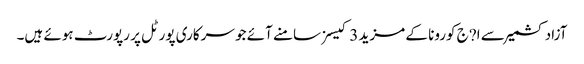
آزاد کشمیر سے ا?ج کورونا کے مزید 3 کیسز سامنے آئے جو سرکاری پورٹل پر رپورٹ ہوئے ہیں۔